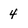
Character: 4